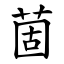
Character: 䓢